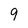
Character: 9